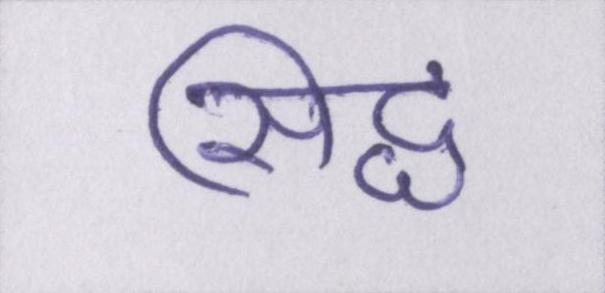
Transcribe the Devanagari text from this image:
सिद्ध